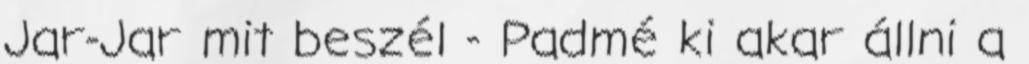
Jar-Jar mit beszél - Padmé ki akar állni a